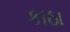
કાઠા